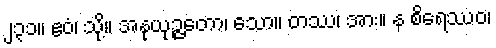
၂၃၁။ ဧဝံ၊ သို့။ အနုယုဉ္ဇတော၊ သော။ တဿ၊ အား။ န စိရေဿဝ၊